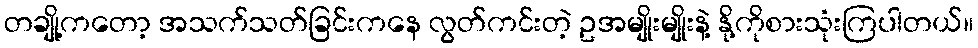
တချို့ကတော့ အသက်သတ်ခြင်းကနေ လွတ်ကင်းတဲ့ ဥအမျိုးမျိုးနဲ့ နို့ကိုစားသုံးကြပါတယ်။